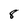
Character: 8